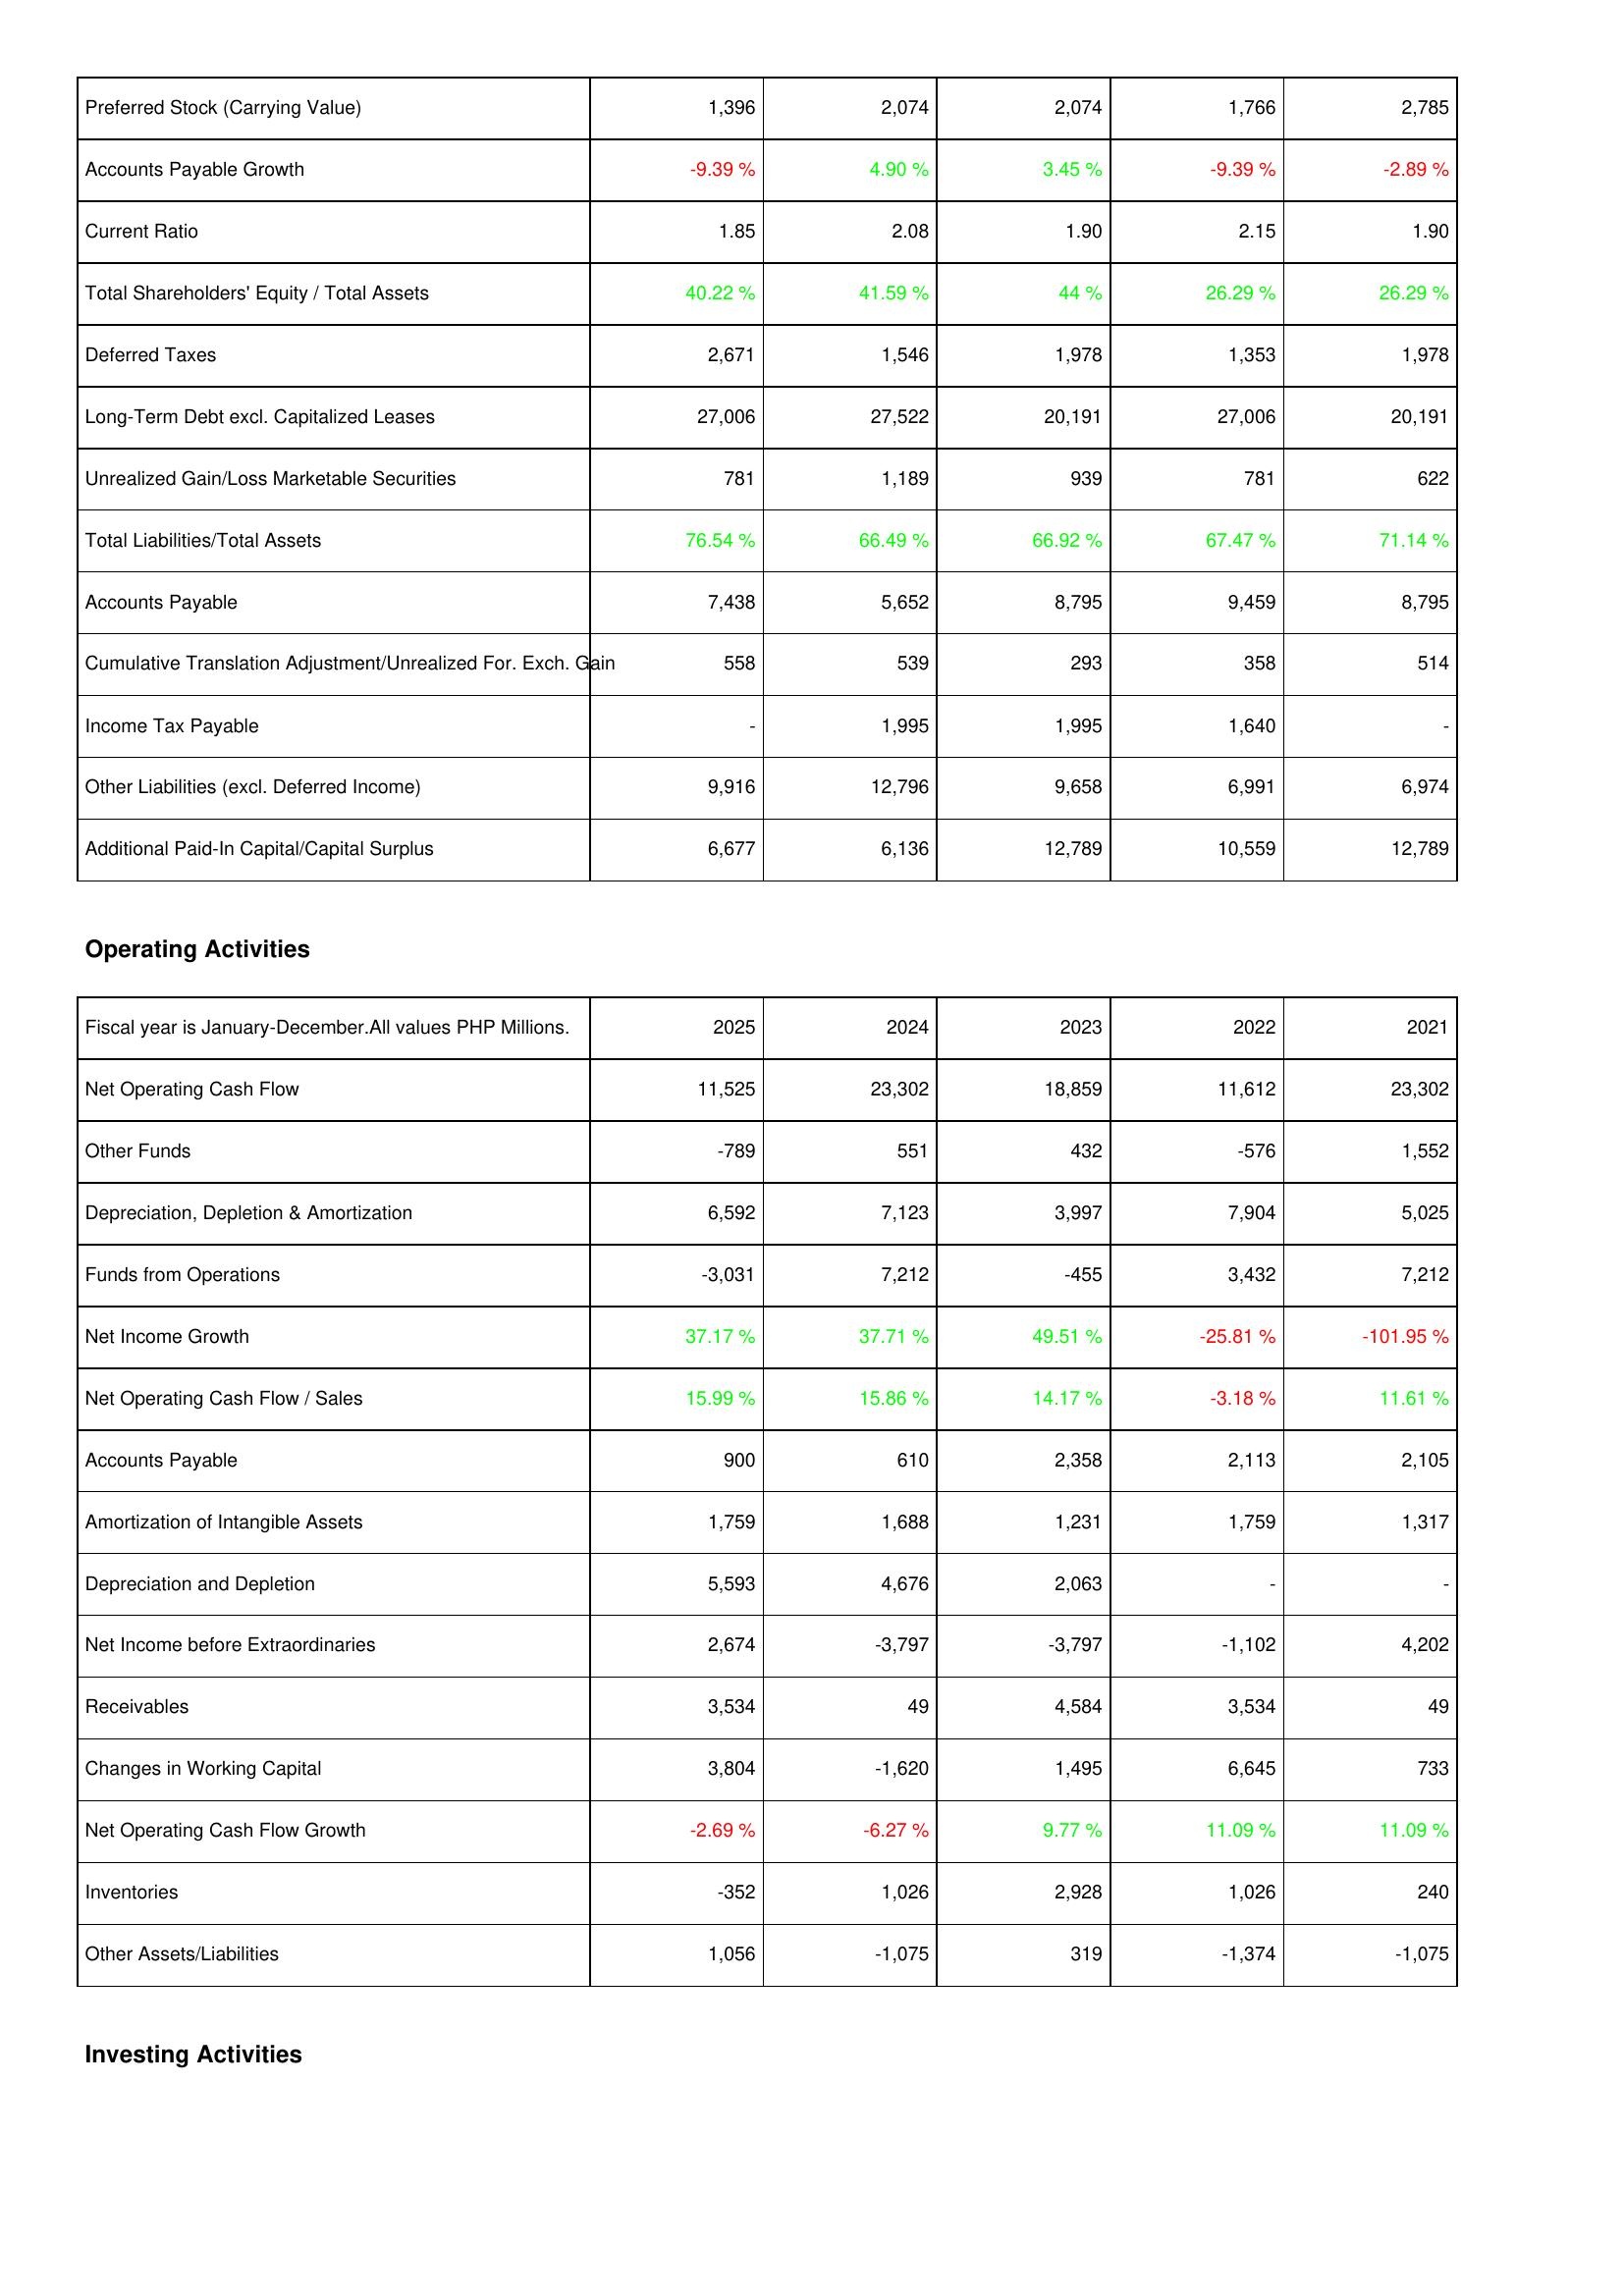
2025: Liabilities & Shareholders' Equity: Preferred Stock (Carrying Value): 1,396
Accounts Payable Growth: -9.39 %
Current Ratio: 1.85
Total Shareholders' Equity / Total Assets: 40.22 %
Deferred Taxes: 2,671
Long-Term Debt excl. Capitalized Leases: 27,006
Unrealized Gain/Loss Marketable Securities: 781
Total Liabilities/Total Assets: 76.54 %
Accounts Payable: 7,438
Cumulative Translation Adjustment/Unrealized For. Exch. Gain: 558
Income Tax Payable: -
Other Liabilities (excl. Deferred Income): 9,916
Additional Paid-In Capital/Capital Surplus: 6,677
Operating Activities: Net Operating Cash Flow: 11,525
Other Funds: -789
Depreciation, Depletion & Amortization: 6,592
Funds from Operations: -3,031
Net Income Growth: 37.17 %
Net Operating Cash Flow / Sales: 15.99 %
Accounts Payable: 900
Amortization of Intangible Assets: 1,759
Depreciation and Depletion: 5,593
Net Income before Extraordinaries: 2,674
Receivables: 3,534
Changes in Working Capital: 3,804
Net Operating Cash Flow Growth: -2.69 %
Inventories: -352
Other Assets/Liabilities: 1,056
2024: Liabilities & Shareholders' Equity: Preferred Stock (Carrying Value): 2,074
Accounts Payable Growth: 4.90 %
Current Ratio: 2.08
Total Shareholders' Equity / Total Assets: 41.59 %
Deferred Taxes: 1,546
Long-Term Debt excl. Capitalized Leases: 27,522
Unrealized Gain/Loss Marketable Securities: 1,189
Total Liabilities/Total Assets: 66.49 %
Accounts Payable: 5,652
Cumulative Translation Adjustment/Unrealized For. Exch. Gain: 539
Income Tax Payable: 1,995
Other Liabilities (excl. Deferred Income): 12,796
Additional Paid-In Capital/Capital Surplus: 6,136
Operating Activities: Net Operating Cash Flow: 23,302
Other Funds: 551
Depreciation, Depletion & Amortization: 7,123
Funds from Operations: 7,212
Net Income Growth: 37.71 %
Net Operating Cash Flow / Sales: 15.86 %
Accounts Payable: 610
Amortization of Intangible Assets: 1,688
Depreciation and Depletion: 4,676
Net Income before Extraordinaries: -3,797
Receivables: 49
Changes in Working Capital: -1,620
Net Operating Cash Flow Growth: -6.27 %
Inventories: 1,026
Other Assets/Liabilities: -1,075
2023: Liabilities & Shareholders' Equity: Preferred Stock (Carrying Value): 2,074
Accounts Payable Growth: 3.45 %
Current Ratio: 1.90
Total Shareholders' Equity / Total Assets: 44 %
Deferred Taxes: 1,978
Long-Term Debt excl. Capitalized Leases: 20,191
Unrealized Gain/Loss Marketable Securities: 939
Total Liabilities/Total Assets: 66.92 %
Accounts Payable: 8,795
Cumulative Translation Adjustment/Unrealized For. Exch. Gain: 293
Income Tax Payable: 1,995
Other Liabilities (excl. Deferred Income): 9,658
Additional Paid-In Capital/Capital Surplus: 12,789
Operating Activities: Net Operating Cash Flow: 18,859
Other Funds: 432
Depreciation, Depletion & Amortization: 3,997
Funds from Operations: -455
Net Income Growth: 49.51 %
Net Operating Cash Flow / Sales: 14.17 %
Accounts Payable: 2,358
Amortization of Intangible Assets: 1,231
Depreciation and Depletion: 2,063
Net Income before Extraordinaries: -3,797
Receivables: 4,584
Changes in Working Capital: 1,495
Net Operating Cash Flow Growth: 9.77 %
Inventories: 2,928
Other Assets/Liabilities: 319
2022: Liabilities & Shareholders' Equity: Preferred Stock (Carrying Value): 1,766
Accounts Payable Growth: -9.39 %
Current Ratio: 2.15
Total Shareholders' Equity / Total Assets: 26.29 %
Deferred Taxes: 1,353
Long-Term Debt excl. Capitalized Leases: 27,006
Unrealized Gain/Loss Marketable Securities: 781
Total Liabilities/Total Assets: 67.47 %
Accounts Payable: 9,459
Cumulative Translation Adjustment/Unrealized For. Exch. Gain: 358
Income Tax Payable: 1,640
Other Liabilities (excl. Deferred Income): 6,991
Additional Paid-In Capital/Capital Surplus: 10,559
Operating Activities: Net Operating Cash Flow: 11,612
Other Funds: -576
Depreciation, Depletion & Amortization: 7,904
Funds from Operations: 3,432
Net Income Growth: -25.81 %
Net Operating Cash Flow / Sales: -3.18 %
Accounts Payable: 2,113
Amortization of Intangible Assets: 1,759
Depreciation and Depletion: -
Net Income before Extraordinaries: -1,102
Receivables: 3,534
Changes in Working Capital: 6,645
Net Operating Cash Flow Growth: 11.09 %
Inventories: 1,026
Other Assets/Liabilities: -1,374
2021: Liabilities & Shareholders' Equity: Preferred Stock (Carrying Value): 2,785
Accounts Payable Growth: -2.89 %
Current Ratio: 1.90
Total Shareholders' Equity / Total Assets: 26.29 %
Deferred Taxes: 1,978
Long-Term Debt excl. Capitalized Leases: 20,191
Unrealized Gain/Loss Marketable Securities: 622
Total Liabilities/Total Assets: 71.14 %
Accounts Payable: 8,795
Cumulative Translation Adjustment/Unrealized For. Exch. Gain: 514
Income Tax Payable: -
Other Liabilities (excl. Deferred Income): 6,974
Additional Paid-In Capital/Capital Surplus: 12,789
Operating Activities: Net Operating Cash Flow: 23,302
Other Funds: 1,552
Depreciation, Depletion & Amortization: 5,025
Funds from Operations: 7,212
Net Income Growth: -101.95 %
Net Operating Cash Flow / Sales: 11.61 %
Accounts Payable: 2,105
Amortization of Intangible Assets: 1,317
Depreciation and Depletion: -
Net Income before Extraordinaries: 4,202
Receivables: 49
Changes in Working Capital: 733
Net Operating Cash Flow Growth: 11.09 %
Inventories: 240
Other Assets/Liabilities: -1,075